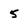
Character: 5